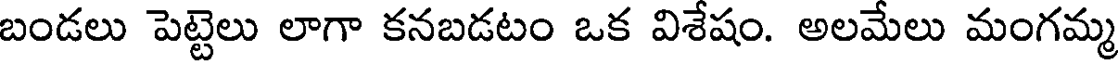
బండలు పెట్టెలు లాగా కనబడటం ఒక విశేషం. అలమేలు మంగమ్మ